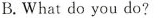
B.What do you do？